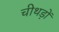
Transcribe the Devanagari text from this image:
चीथड़ों